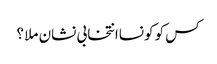
کس کو کونساانتخابی نشان ملا ؟